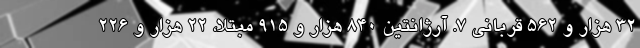
۳۲ هزار و ۵۶۲ قربانی ۷. آرژانتین ۸۴۰ هزار و ۹۱۵ مبتلا، ۲۲ هزار و ۲۲۶